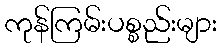
ကုန်ကြမ်းပစ္စည်းများ